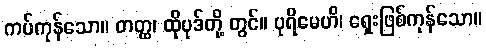
ကပ်ကုန်သော။ တတ္ထ၊ ထိုပုဒ်တို့ တွင်။ ပုရိမေဟိ၊ ရှေးဖြစ်ကုန်သော။